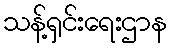
သန့်ရှင်းရေးဌာန